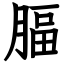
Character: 腷